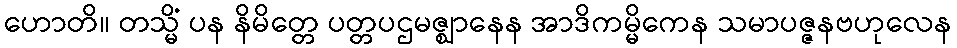
ဟောတိ။ တသ္မိံ ပန နိမိတ္တေ ပတ္တပဌမဇ္ဈာနေန အာဒိကမ္မိကေန သမာပဇ္ဇနဗဟုလေန